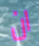
ان